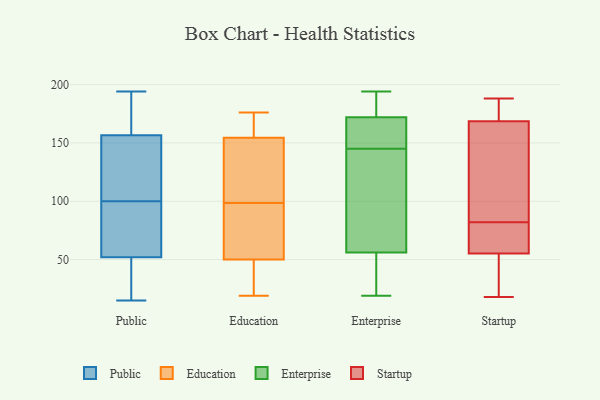
{"axis": {"x": "Churn Rate (%)", "y": "Value"}, "legend": ["Education", "Enterprise", "Public", "Startup"], "data": [{"x": "", "y": 194, "type": "Public"}, {"x": "", "y": 179, "type": "Public"}, {"x": "", "y": 51, "type": "Public"}, {"x": "", "y": 154, "type": "Public"}, {"x": "", "y": 17, "type": "Public"}, {"x": "", "y": 159, "type": "Public"}, {"x": "", "y": 15, "type": "Public"}, {"x": "", "y": 142, "type": "Public"}, {"x": "", "y": 59, "type": "Public"}, {"x": "", "y": 168, "type": "Public"}, {"x": "", "y": 47, "type": "Public"}, {"x": "", "y": 57, "type": "Public"}, {"x": "", "y": 136, "type": "Public"}, {"x": "", "y": 17, "type": "Public"}, {"x": "", "y": 90, "type": "Public"}, {"x": "", "y": 170, "type": "Public"}, {"x": "", "y": 80, "type": "Public"}, {"x": "", "y": 110, "type": "Public"}, {"x": "", "y": 148, "type": "Public"}, {"x": "", "y": 53, "type": "Public"}, {"x": "", "y": 142, "type": "Education"}, {"x": "", "y": 176, "type": "Education"}, {"x": "", "y": 95, "type": "Education"}, {"x": "", "y": 115, "type": "Education"}, {"x": "", "y": 168, "type": "Education"}, {"x": "", "y": 56, "type": "Education"}, {"x": "", "y": 44, "type": "Education"}, {"x": "", "y": 167, "type": "Education"}, {"x": "", "y": 100, "type": "Education"}, {"x": "", "y": 19, "type": "Education"}, {"x": "", "y": 97, "type": "Education"}, {"x": "", "y": 24, "type": "Education"}, {"x": "", "y": 181, "type": "Enterprise"}, {"x": "", "y": 19, "type": "Enterprise"}, {"x": "", "y": 142, "type": "Enterprise"}, {"x": "", "y": 142, "type": "Enterprise"}, {"x": "", "y": 155, "type": "Enterprise"}, {"x": "", "y": 56, "type": "Enterprise"}, {"x": "", "y": 194, "type": "Enterprise"}, {"x": "", "y": 32, "type": "Enterprise"}, {"x": "", "y": 172, "type": "Enterprise"}, {"x": "", "y": 148, "type": "Enterprise"}, {"x": "", "y": 66, "type": "Startup"}, {"x": "", "y": 56, "type": "Startup"}, {"x": "", "y": 178, "type": "Startup"}, {"x": "", "y": 71, "type": "Startup"}, {"x": "", "y": 169, "type": "Startup"}, {"x": "", "y": 126, "type": "Startup"}, {"x": "", "y": 177, "type": "Startup"}, {"x": "", "y": 18, "type": "Startup"}, {"x": "", "y": 55, "type": "Startup"}, {"x": "", "y": 177, "type": "Startup"}, {"x": "", "y": 51, "type": "Startup"}, {"x": "", "y": 63, "type": "Startup"}, {"x": "", "y": 35, "type": "Startup"}, {"x": "", "y": 188, "type": "Startup"}, {"x": "", "y": 125, "type": "Startup"}, {"x": "", "y": 167, "type": "Startup"}, {"x": "", "y": 87, "type": "Startup"}, {"x": "", "y": 25, "type": "Startup"}, {"x": "", "y": 82, "type": "Startup"}]}